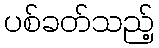
ပစ်ခတ်သည့်